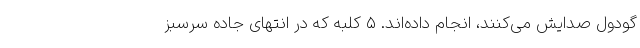
گودول صدایش می‌کنند، انجام داده‌اند. ۵ کلبه که در انتهای جاده سرسبز